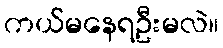
ကယ်မနေရဦးမလဲ။